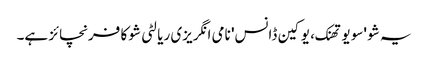
یہ شو 'سو یو تھنک، یو کین ڈانس' نامی انگریزی ریالٹی شو کا فرنچائز ہے۔